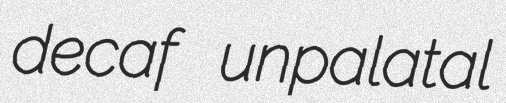
decaf unpalatal